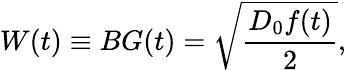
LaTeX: W(t)\equiv BG(t)=\sqrt{\frac{D_{0}f(t)}{2}},